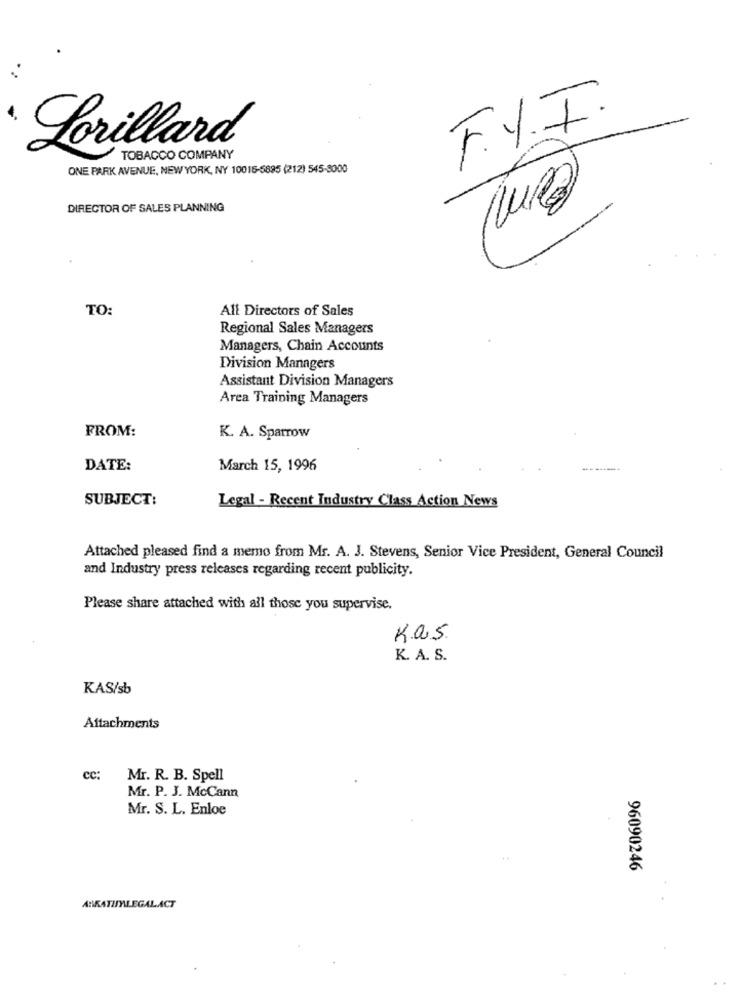
F.Y.I.
Lorillard
TOBACCO COMPANY
ONE PARK AVENUE, NEW YORK, NY 10015-5895 (212) 545-3000
DIRECTOR OF SALES PLANNING
TO:
All Directors of Sales
Regional Sales Managers
Managers, Chain Accounts
Division Managers
Assistant Division Managers
Area Training Managers
FROM:
K. A. Sparrow
DATE:
March 15, 1996
SUBJECT:
Legal - Recent Industry Class Action News
Attached pleased find a memo from Mr. A. J. Stevens, Senior Vice President, General Council
and Industry press releases regarding recent publicity.
Please share attached with all those you supervise.
Kas
K. A. S.
KAS/sb
Attachments
cc:
Mr. R. B. Spell
Mr. P. J. McCann
Mr. S. L. Enloe
96090246
ABRATIMALEGALACT